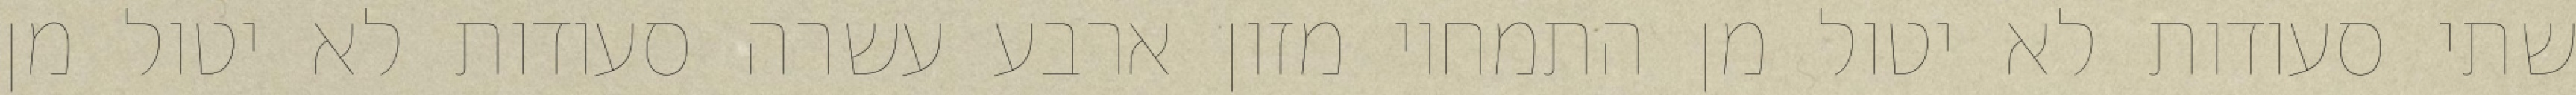
שתי סעודות לא יטול מן התמחוי מזון ארבע עשרה סעודות לא יטול מן